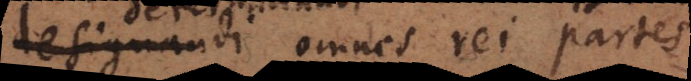
designandi omnes rei partes;